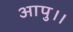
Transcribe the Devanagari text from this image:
आपु।।